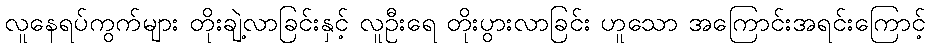
လူနေရပ်ကွက်များ တိုးချဲ့လာခြင်းနှင့် လူဦးရေ တိုးပွားလာခြင်း ဟူသော အကြောင်းအရင်းကြောင့်